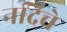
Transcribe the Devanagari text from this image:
नदिचे